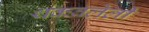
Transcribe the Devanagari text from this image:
थकवलेली